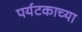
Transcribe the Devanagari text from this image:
पर्यटकाच्या